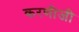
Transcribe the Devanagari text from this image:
करणीजी